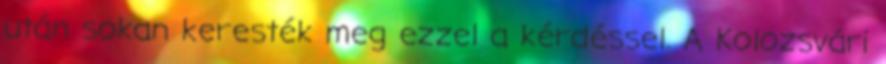
után sokan keresték meg ezzel a kérdéssel. A Kolozsvári